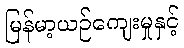
မြန်မာ့ယဉ်ကျေးမှုနှင့်